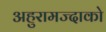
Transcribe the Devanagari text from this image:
अहुरामज्दाको